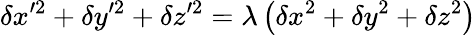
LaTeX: \delta x^{\prime 2}+\delta y^{\prime 2}+\delta z^{\prime 2}=\lambda\left(\delta x^{2}+\delta y^{2}+\delta z^{2}\right)